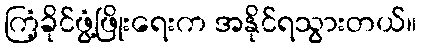
ကြံ့ခိုင်ဖွံ့ဖြိုးရေးက အနိုင်ရသွားတယ်။